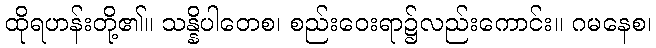
ထိုရဟန်းတို့၏။ သန္နိပါတေစ၊ စည်းဝေးရာ၌လည်းကောင်း။ ဂမနေစ၊